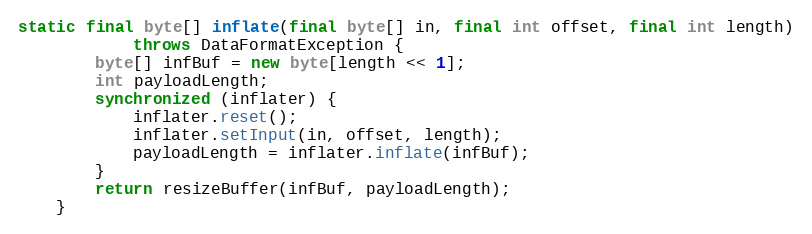
Language: Java
static final byte[] inflate(final byte[] in, final int offset, final int length)
			throws DataFormatException {
		byte[] infBuf = new byte[length << 1];
		int payloadLength;
		synchronized (inflater) {
			inflater.reset();
			inflater.setInput(in, offset, length);
			payloadLength = inflater.inflate(infBuf);
		}
		return resizeBuffer(infBuf, payloadLength);
	}